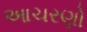
આચરણો